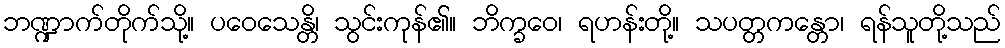
ဘဏ္ဍာက်တိုက်သို့။ ပဝေသေန္တိ၊ သွင်းကုန်၏။ ဘိက္ခဝေ၊ ရဟန်းတို့။ သပတ္တကန္တော၊ ရန်သူတို့သည်